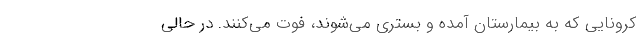
کرونایی که به بیمارستان آمده و بستری می‌شوند، فوت می‌کنند. در حالی